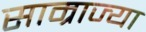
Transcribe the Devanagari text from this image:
साम्राज्या